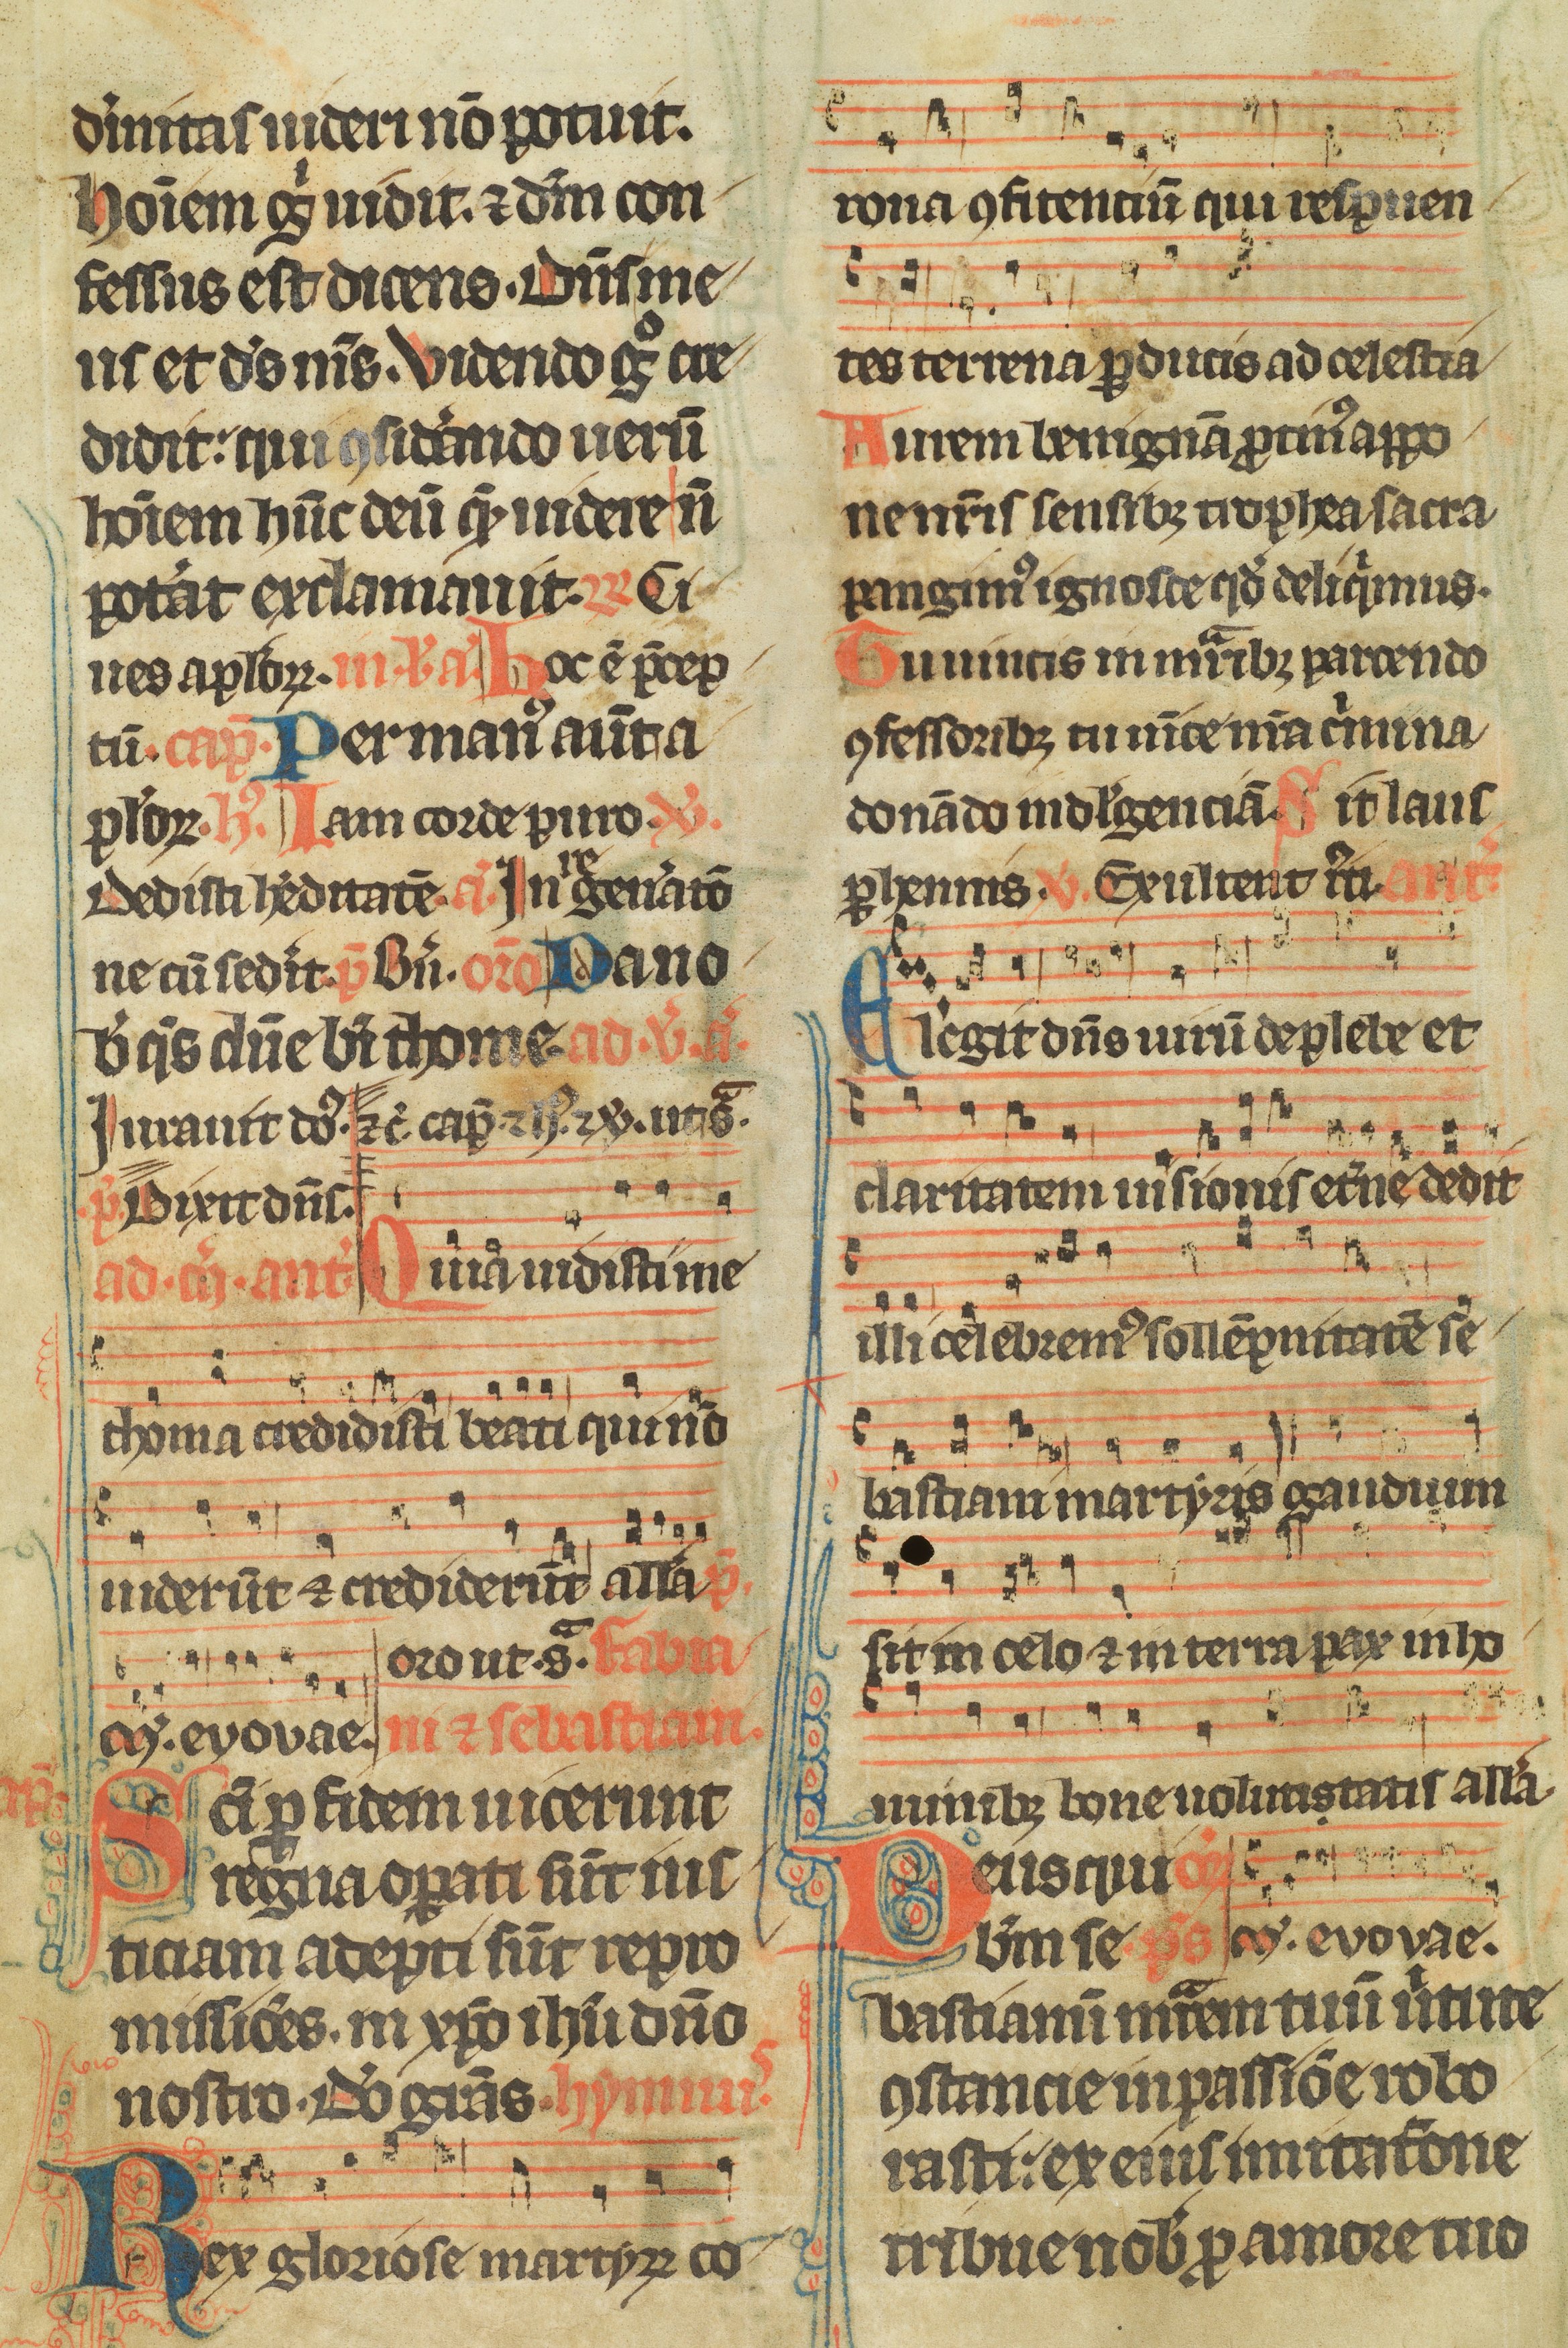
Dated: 1300–1349